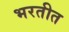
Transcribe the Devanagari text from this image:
भरतीत